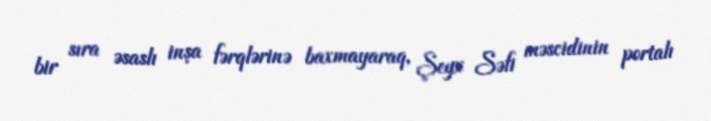
bir sıra əsaslı inşa fərqlərinə baxmayaraq, Şeyx Səfi məscidinin portalı